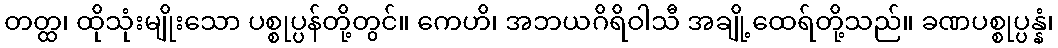
တတ္ထ၊ ထိုသုံးမျိုးသော ပစ္စုပ္ပန်တို့တွင်။ ကေဟိ၊ အဘယဂိရိဝါသီ အချို့ထေရ်တို့သည်။ ခဏပစ္စုပ္ပန္နံ၊